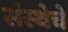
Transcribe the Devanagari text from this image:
संस्‍थेचे